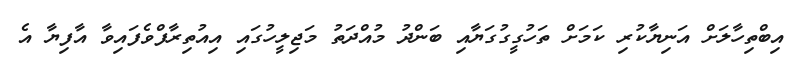
އިބްތިހާލަށް އަނިޔާކުރި ކަމަށް ތަހުގީގުގަޔާއި ބަންދު މުއްދަތު މަޖިލީހުގައި އިއުތިރާފްވެފައިވާ އާފިޔާ އެ